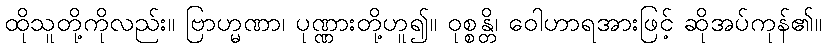
ထိုသူတို့ကိုလည်း။ ဗြာဟ္မဏာ၊ ပုဏ္ဏားတို့ဟူ၍။ ဝုစ္စန္တိ၊ ဝေါဟာရအားဖြင့် ဆိုအပ်ကုန်၏။